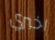
اخبري